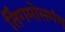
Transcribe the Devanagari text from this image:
तिंगमोसगंग